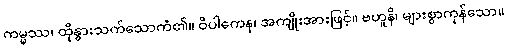
ကမ္မဿ၊ ထိုနွားသက်သောကံ၏။ ဝိပါကေန၊ အကျိုးအားဖြင့်။ ဗဟူနိ၊ များစွာကုန်သော။